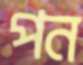
পন